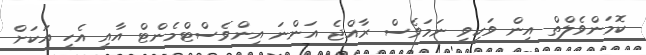
ކޮމަންވެލްތް އިން ވަކިވި ނަމަވެސް ރާއްޖެ އަންނަ އިންވެސްޓްމެންޓް އާއި އެހީ އަކަށް